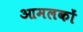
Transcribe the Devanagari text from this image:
आमलकों